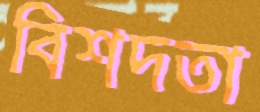
বিশদতা